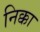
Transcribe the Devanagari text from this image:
निक्का